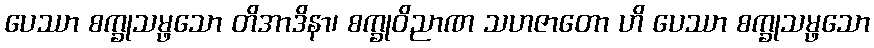
ပေဿာ စက္ခုသမ္ဖသော တိအာဒိနာ၊ စက္ခုဝိညာဏ သဟဇာတော ဟိ ပေဿာ စက္ခုသမ္ဖသော